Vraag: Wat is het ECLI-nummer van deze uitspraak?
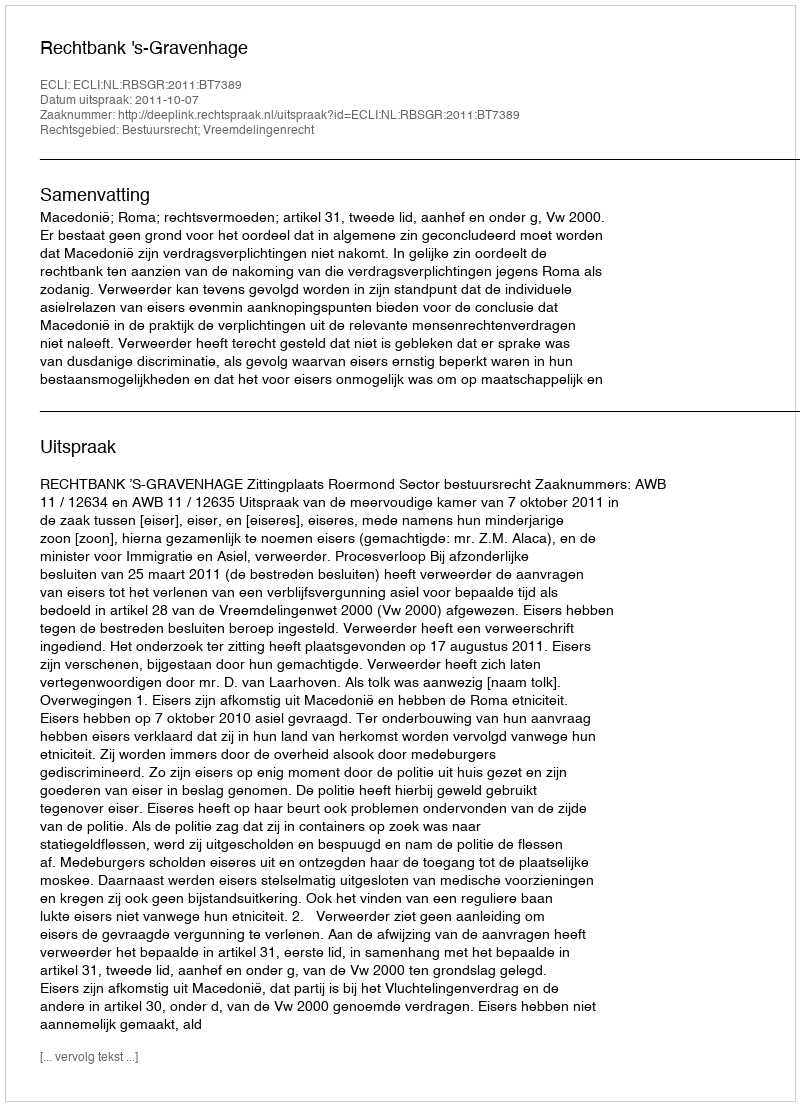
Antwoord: ECLI:NL:RBSGR:2011:BT7389